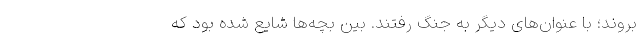
بروند؛ با عنوان‌های دیگر به جنگ رفتند. بین بچه‌ها شایع شده بود که